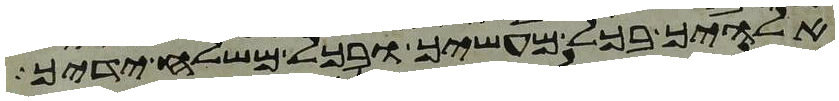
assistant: אלהיך בכל מעשיך ובכל משלח ידיך